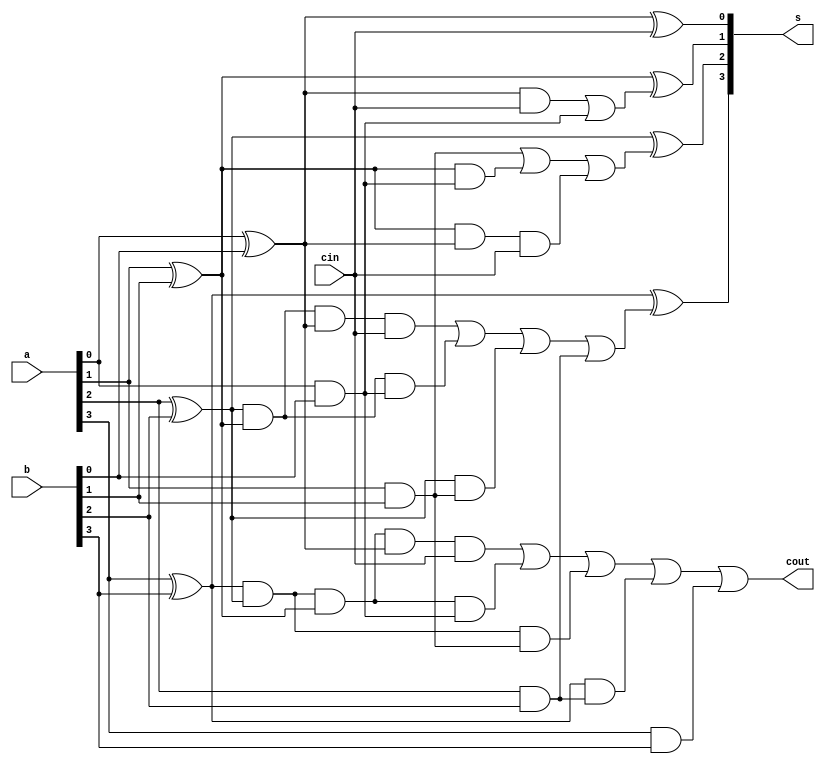
module cla(a, b, s, cin, cout);

    input [3:0] a;
    input [3:0] b;
    input cin;
    
    output cout;
    output [3:0] s;

    //Gs

    and(g0, a[0], b[0]);
    and(g1, a[1], b[1]);
    and(g2, a[2], b[2]);
    and(g3, a[3], b[3]);

    //Ps

    xor(p0, a[0], b[0]);
    xor(p1, a[1], b[1]);
    xor(p2, a[2], b[2]);    
    xor(p3, a[3], b[3]);

    //Cs

    and(p0cin,p0,cin);
    or(c1,p0cin,g0);

    and(p1p0cin,p1,p0,cin);
    and(p1g0,p1,g0);
    or(c2,g1,p1g0,p1p0cin);

    and(p2p1p0cin,p2,p1,p0,cin);
    and(p2p1g0,p2,p1,g0);
    and(p2g1,p2,g1);
    or(c3,p2p1p0cin,p2p1g0,p2g1,g2);

    and(p3p2p1p0cin,p3,p2,p1,p0,cin);
    and(p3p2p1g0,p3,p2,p1,g0);
    and(p3p2g1,p3,p2,g1);
    and(p3g2,p3,g2);
    or(cout,p3p2p1p0cin,p3p2p1g0,p3p2g1,p3g2,g3);

    //Ss

    xor(s[0], p0, cin);
    xor(s[1], p1, c1);    
    xor(s[2], p2, c2);
    xor(s[3], p3, c3);

endmodule